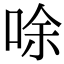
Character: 唋